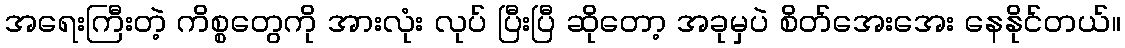
အရေးကြီးတဲ့ ကိစ္စတွေကို အားလုံး လုပ် ပြီးပြီ ဆိုတော့ အခုမှပဲ စိတ်အေးအေး နေနိုင်တယ်။